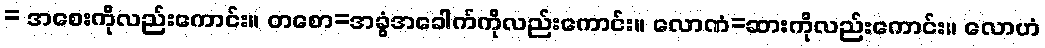
= အစေးကိုလည်းကောင်း။ တစော=အခွံအခေါက်ကိုလည်းကောင်း။ လောဏံ=ဆားကိုလည်းကောင်း။ လောဟံ